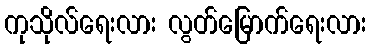
ကုသိုလ်ရေးလား လွတ်မြောက်ရေးလား